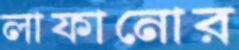
লাফানোর